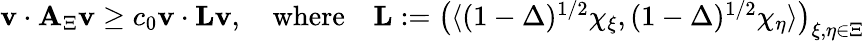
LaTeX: \begin{array}{r}{\boldsymbol{\mathbf{v}}\cdot\boldsymbol{\mathbf{A}}_{\Xi}\boldsymbol{\mathbf{v}}\ge c_{0}\boldsymbol{\mathbf{v}}\cdot\boldsymbol{\mathbf{L}}\boldsymbol{\mathbf{v}},\quad\mathrm{where}\quad\boldsymbol{\mathbf{L}}:=\left(\langle(1-\Delta)^{1/2}\chi_{\xi},(1-\Delta)^{1/2}\chi_{\eta}\rangle\right)_{\xi,\eta\in\Xi}}\end{array}